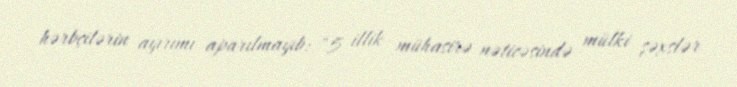
hərbçilərin ayırımı aparılmayıb: "5 illik mühasirə nəticəsində mülki şəxslər